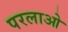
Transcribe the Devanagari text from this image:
परलाओ